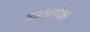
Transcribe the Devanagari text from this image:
ए३३०पेक्षा